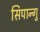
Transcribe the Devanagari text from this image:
सिपान्गु